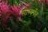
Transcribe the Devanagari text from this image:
सोम्वर्पेत